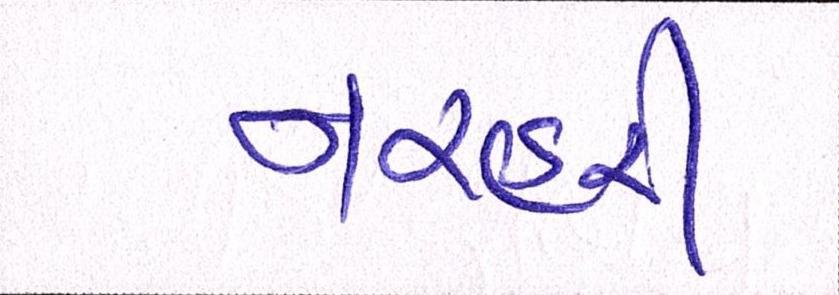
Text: નરહરી